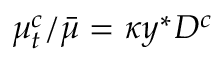
\mu _ { t } ^ { c } / \bar { \mu } = \kappa y ^ { * } D ^ { c }